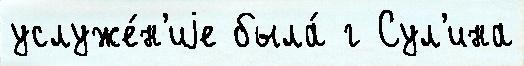
услуже́н'иjе была́ г Сул'ина